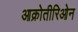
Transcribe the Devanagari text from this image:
आक्रोतीरिओन